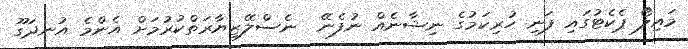
މައިލޯ ޕެކެޓުގައި ފަނި ހުރިކަމުގެ ނިޝާނެއް ނުފެނޭ  ނެސްލޭޒިޔާރަތްކުރުމަށް އެންމެ އުނދަގޫ